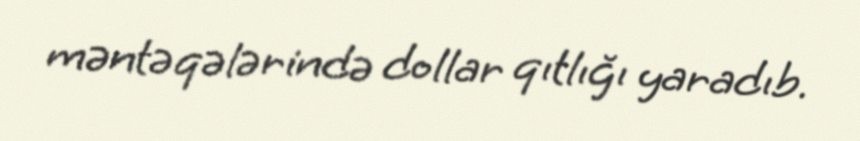
məntəqələrində dollar qıtlığı yaradıb.